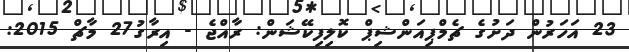
23 އަހަރުން ދަށުގެ ޗެމްޕިއަންޝިޕް ކޮލިފިކޭޝަން: ރާއްޖެ - އިރާގު27 މާޗް 2015: